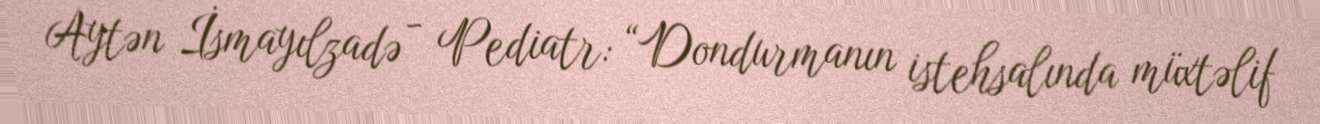
Aytən İsmayılzadə - Pediatr: “Dondurmanın istehsalında müxtəlif